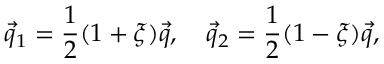
\vec { q } _ { 1 } = \frac { 1 } { 2 } ( 1 + \xi ) \vec { q } , \quad \vec { q } _ { 2 } = \frac { 1 } { 2 } ( 1 - \xi ) \vec { q } , \quad